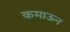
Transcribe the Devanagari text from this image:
कमाऊन